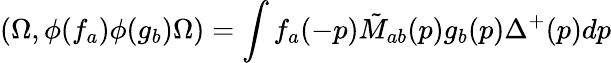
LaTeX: (\Omega,\phi(f_{a})\phi(g_{b})\Omega)=\int f_{a}(-p)\tilde{M}_{ab}(p)g_{b}(p)\Delta^{+}(p)dp